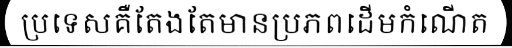
ប្រទេសគឺតែងតែមានប្រភពដើមកំណើត